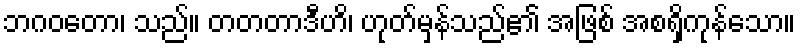
ဘဂဝတော၊ သည်။ တတတာဒီဟိ၊ ဟုတ်မှန်သည်၏ အဖြစ် အစရှိကုန်သော။